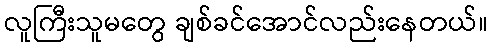
လူကြီးသူမတွေ ချစ်ခင်အောင်လည်းနေတယ်။